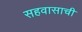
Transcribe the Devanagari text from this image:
सहवासाची